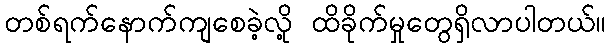
တစ်ရက်နောက်ကျစေခဲ့လို့ ထိခိုက်မှုတွေရှိလာပါတယ်။